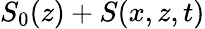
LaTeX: S_{0}(z)+S(x,z,t)